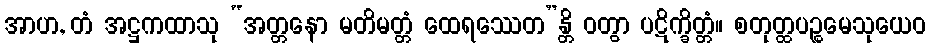
အာဟ, တံ အဋ္ဌကထာသု “အတ္တနော မတိမတ္တံ ထေရဿေတ”န္တိ ဝတွာ ပဋိက္ခိတ္တံ။ စတုတ္ထပဉ္စမေသုယေဝ